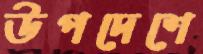
উপদেশে